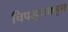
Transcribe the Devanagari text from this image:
चिपळूणकडून